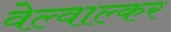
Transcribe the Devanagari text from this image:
वेल्वाल्कर